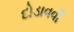
દોડાવવી